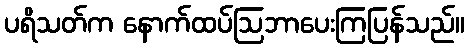
ပရိသတ်က နောက်ထပ်ဩဘာပေးကြပြန်သည်။